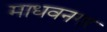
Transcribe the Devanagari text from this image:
माधवनगर